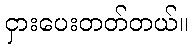
ငှားပေးတတ်တယ်။